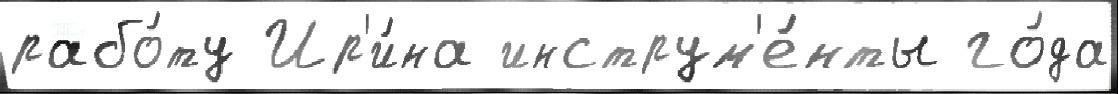
рабо́ту Ир'и́на инструм'е́нты го́да